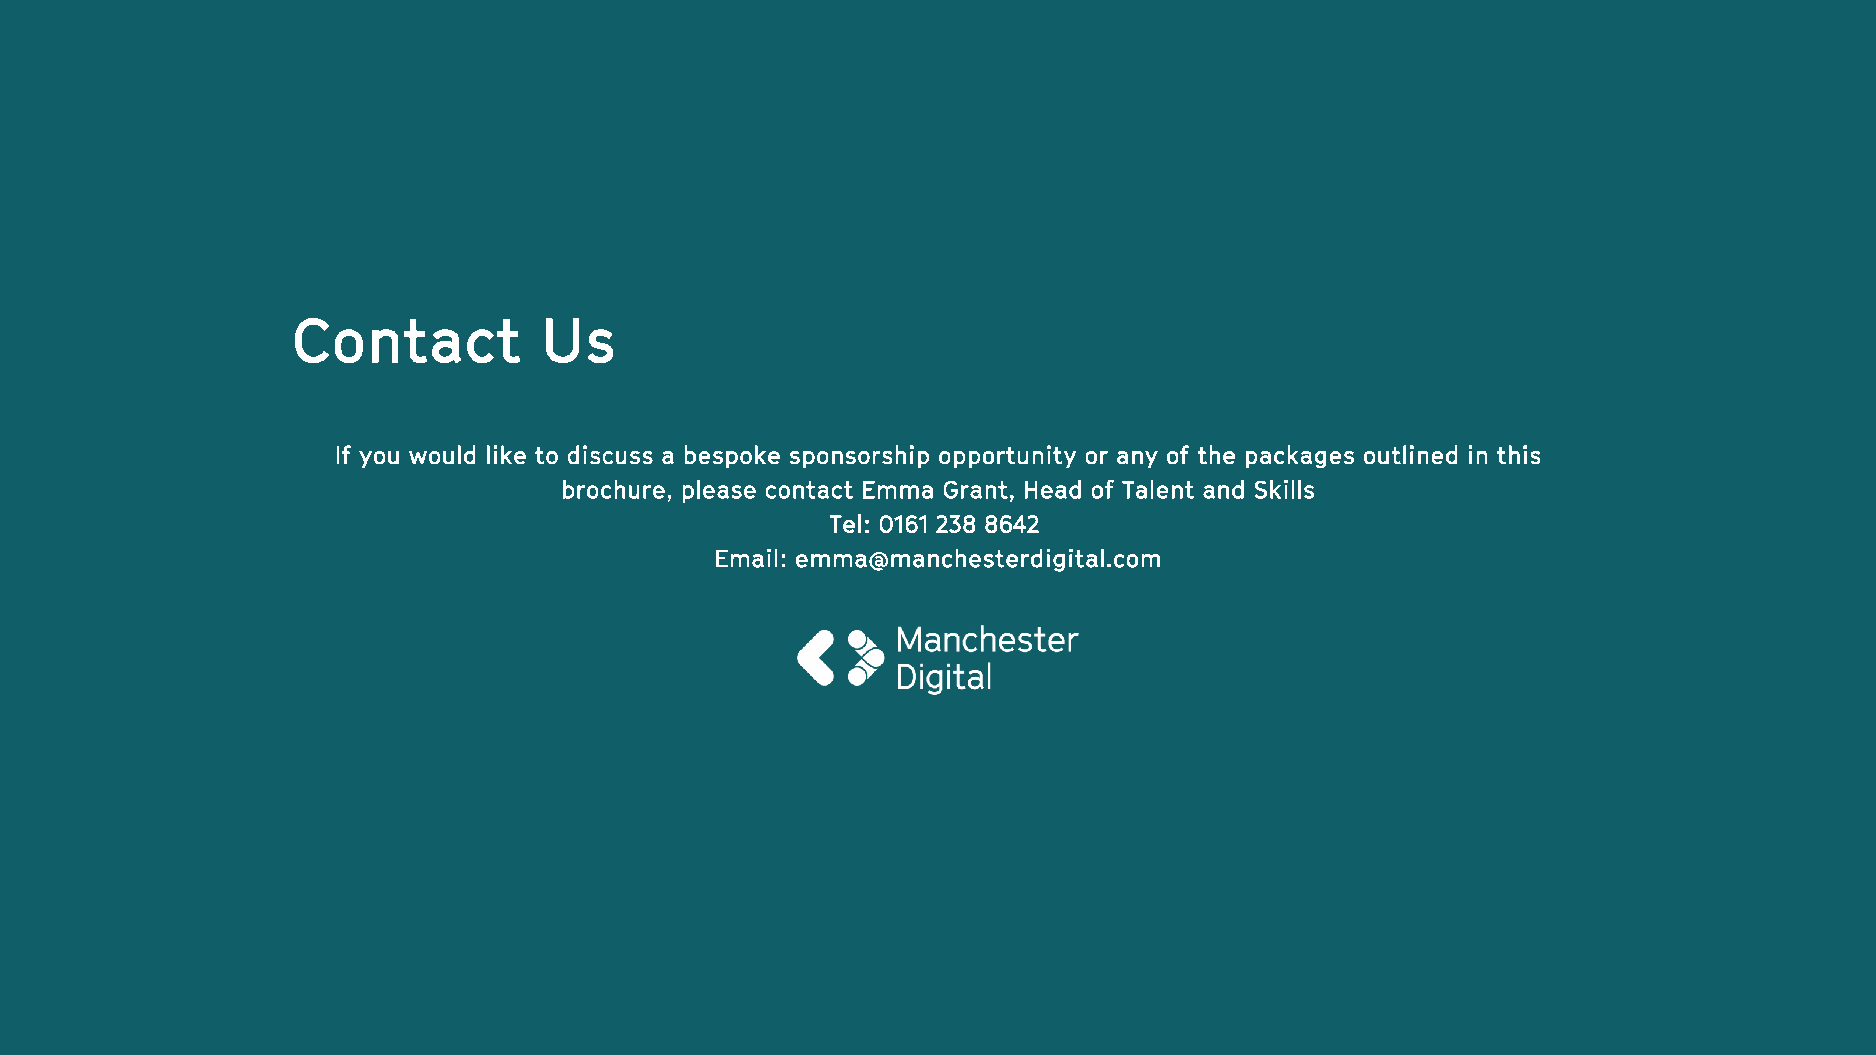
Contact          Us
 If you would like to discuss a bespoke sponsorship opportunity or any of the packages outlined in this
 brochure, please contact Emma Grant, Head of Talent and Skills
 Tel: 0161 238 8642
 Email: emma@manchesterdigital.com